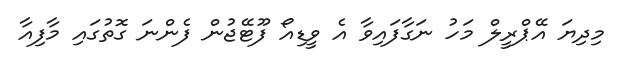
މިދިޔަ އޭޕްރީލް މަހު ނަގާފައިވާ އެ ވީޑިއޯ ފޫޓޭޖުން ފެންނަ ގޮތުގައި މާފިއާ